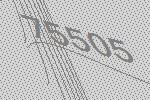
75505